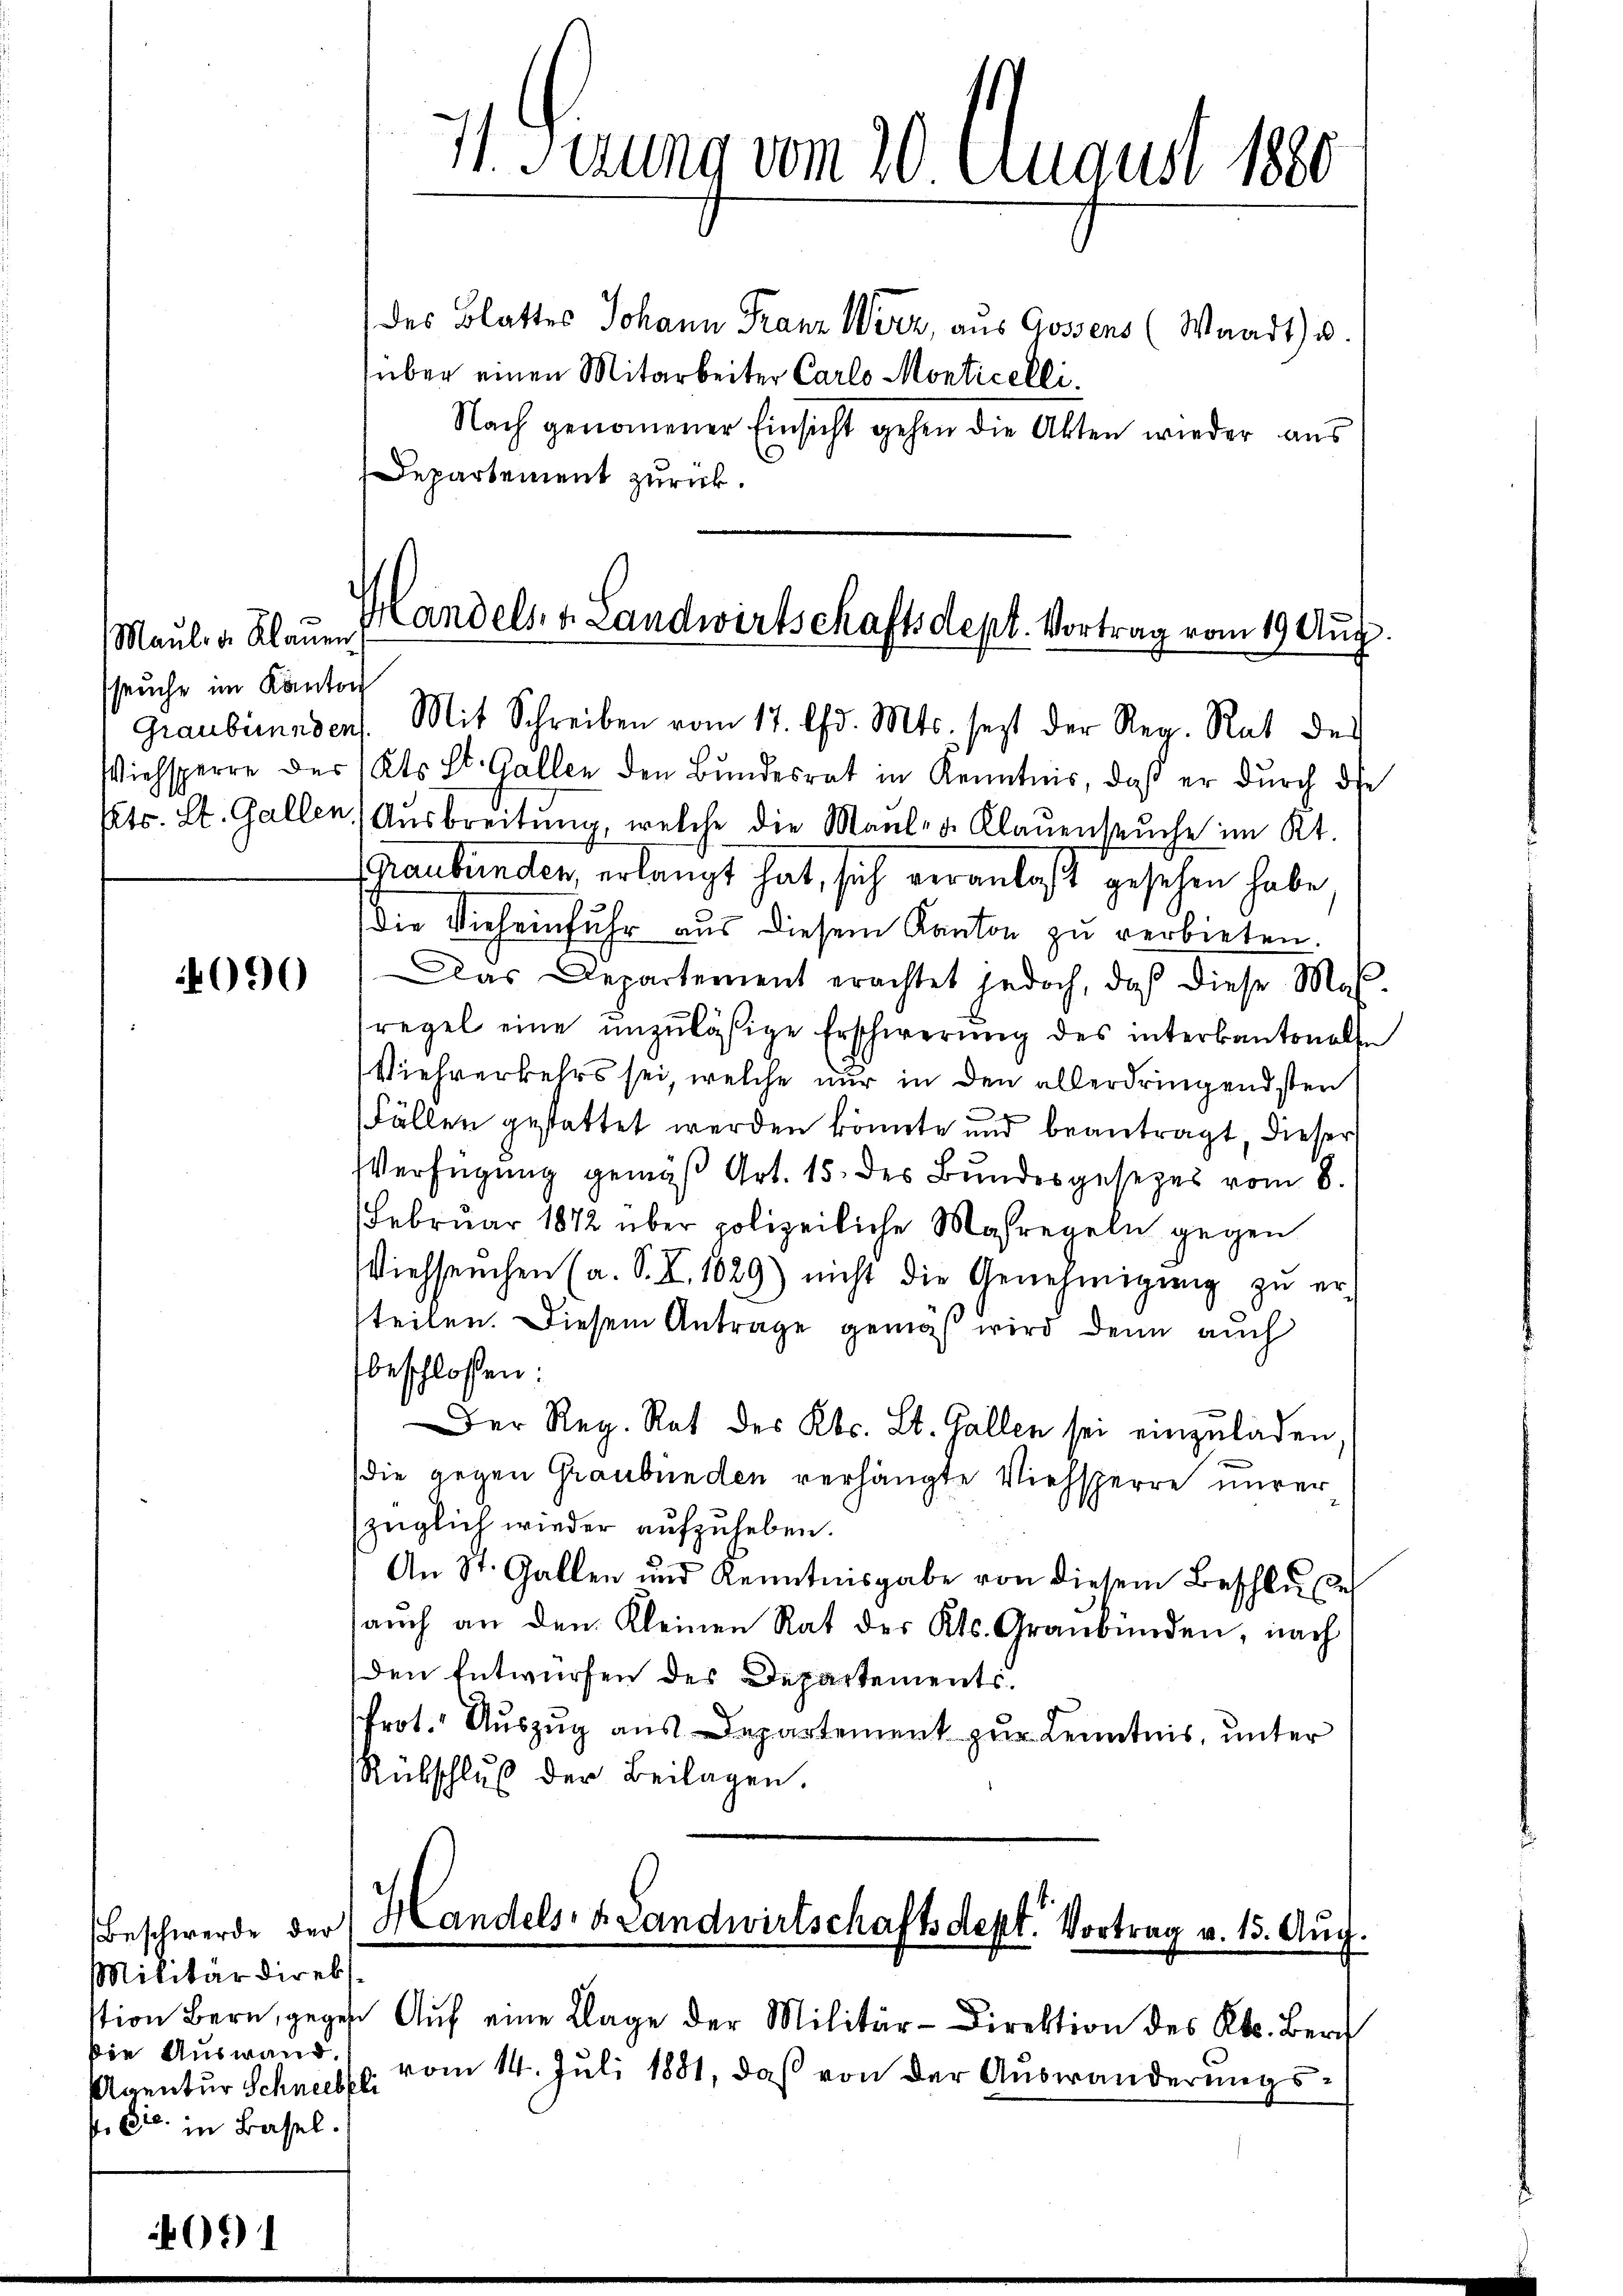
Maul- u. Klauen
seuche im Kanton

4090

des Blattes Johann Franz Wirz, aus Gossens (Waadt) u.
über einen Mitarbeiter Carlo Monticelli.
Nach genommener Einsicht gehen die Akten wieder aus
Departement zurück.

Militärdirekt.
die Auswand.
Agentur Schneebeli
p. Er in Basel.

11. Serung vom 20. August 1880

Handelst Landwirtschaftsdept. Vortrag vom 19 Aug.
Graubünden. Mit Schreiben vom 17. d. Mts. sezt der Reg. Rat der

Wiehsperre des Kts. St. Gallen den Bundesrat in Kenntnis, daß er durch die
Ets. St. Gallen, Ausbreitŭng, welche die Maul- u. Klauenseuche im Kt.
Schraubünden, erlangt hat, sich veranlaßt gesehen habe
die Vieheinfuhr aus diesem Kanton zu verbieten.
Das Departement erachtet jedoch, daß diese Mas-
regel eine unzuläßige Erschwerung des interkantonalse
Viehrerkehrs sei, welche nur in den allerdringendsten
Fällen gestattet werden könnte und beantragt, dieser
Verfügung gemäß Art. 15. des Bundesgesezes vom 8.
Februar 1842 über polizeiliche Maßregeln gegen
Viehseuchen (a. S. X. 1029) nicht die Genehmigŭng zu ersteilen. Diesem Antrage gemäß wird denn auch
beschlossen:
Der Reg. Rat des Kts. Lt. Gallen sei einzuladen.
die gegen Graubünden verhängte Viehsperre unrer
züglich wieder aufzuheben.
An St. Gallen und Kenntnisgabe von diesem Beschlŭs
auch an den Kleinen Rat des Kts. Graubünden, nach
den Entwürfen des Departements.
Prot. Auszug aus Departement zur Kenntnis, unter
Rübschluß der Beilagen.

Beschwerde der Handels Landwirtschaftsdept. Vortrag v. 15. Aug.

stion Bern, gegen Aŭf eine Klage der Militär-Direktion des Kts. Bern
vom 14. Juli 1881, daß von der Auswanderungs¬